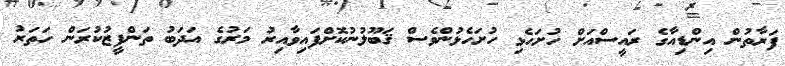
ފަރާތުން އިންޑިއާގެ ރައީސްއަށް ހުށަހެޅި ހުށަހެޅުންވެސް ޤަބޫލުނުކޮށްފައިވާއިރު މަރުގެ އަދަބު ތަންފީޒުކުރަން ހަތަރު